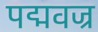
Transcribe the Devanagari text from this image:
पद्मवज्र